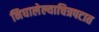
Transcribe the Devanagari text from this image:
निघालेल्याचित्रपटात